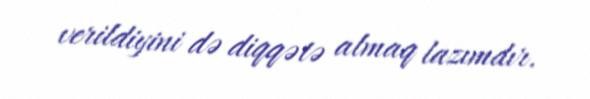
verildiyini də diqqətə almaq lazımdır.